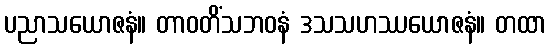
ပညာသယောဇနံ။ တာဝတိံသဘဝနံ ဒသသဟဿယောဇနံ။ တထာ